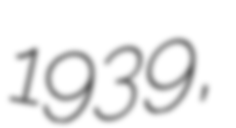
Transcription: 1939,